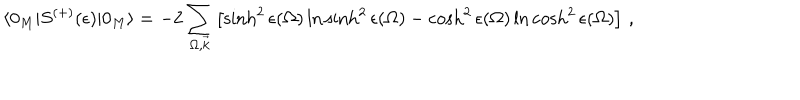
\langle 0 _ { M } | S ^ { ( + ) } ( \epsilon ) | 0 _ { M } \rangle = - 2 \sum _ { \Omega , \vec { k } } \left[ \sinh ^ { 2 } \epsilon ( \Omega ) \ln \sinh ^ { 2 } \epsilon ( \Omega ) - \cosh ^ { 2 } \epsilon ( \Omega ) \ln \cosh ^ { 2 } \epsilon ( \Omega ) \right] \, ,